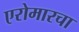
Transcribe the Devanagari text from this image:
एरोमारचा